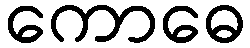
ကောဓေ